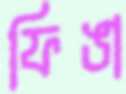
ফিঙা